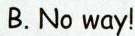
B. No way!